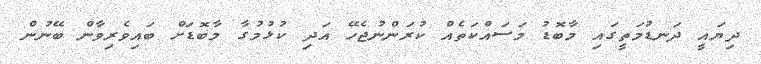
ދިޔައީ ދަނޑުމަތީގައި މާބޮޑު މަސައްކަތެއް ކުރަންނުޖެހޭ އަދި ކުޅުމުގާ މާބޮޑަށް ބައިވެރިވާން ބޭނުން